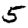
Digit: 5